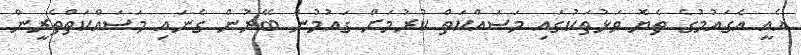
އެއީ އެގައުމުގެ ތެޔޮ ވަޅުތަކުގައި މަސައްކަތް ކުރުމަށް ގައުމުން ބޭރުން ގެނައި މަސައްކަތްތެރީން